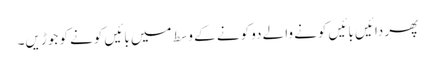
پھر دائیں بائیں کونے والے دو کونے کے وسط میں بائیں کونے کو جوڑیں۔